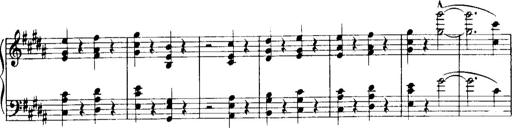
Title: Historische ungarische Bildnisse
Composer: Franz Liszt